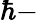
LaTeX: \hbar-